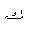
Letter: _kaf